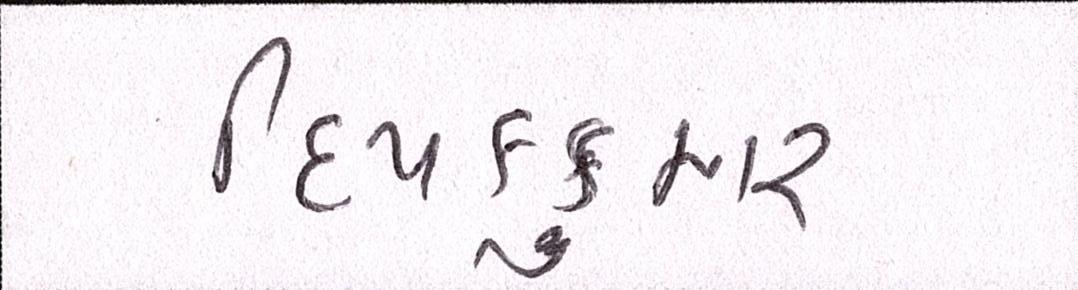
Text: દિપકકુમાર